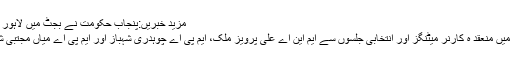
مزید خبریں:پنجاب حکومت نے بجٹ میں لاہور کو سرخ جھنڈی دکھا دی
ضمنی الیکشن کے سلسلہ میں منعقد ہ کارنر میٹنگز اور انتخابی جلسوں سے ایم این اے علی پرویز ملک، ایم پی اے چوہدری شہباز اور ایم پی اے میاں مجتبی شجاع نے بھی خطاب کیا۔